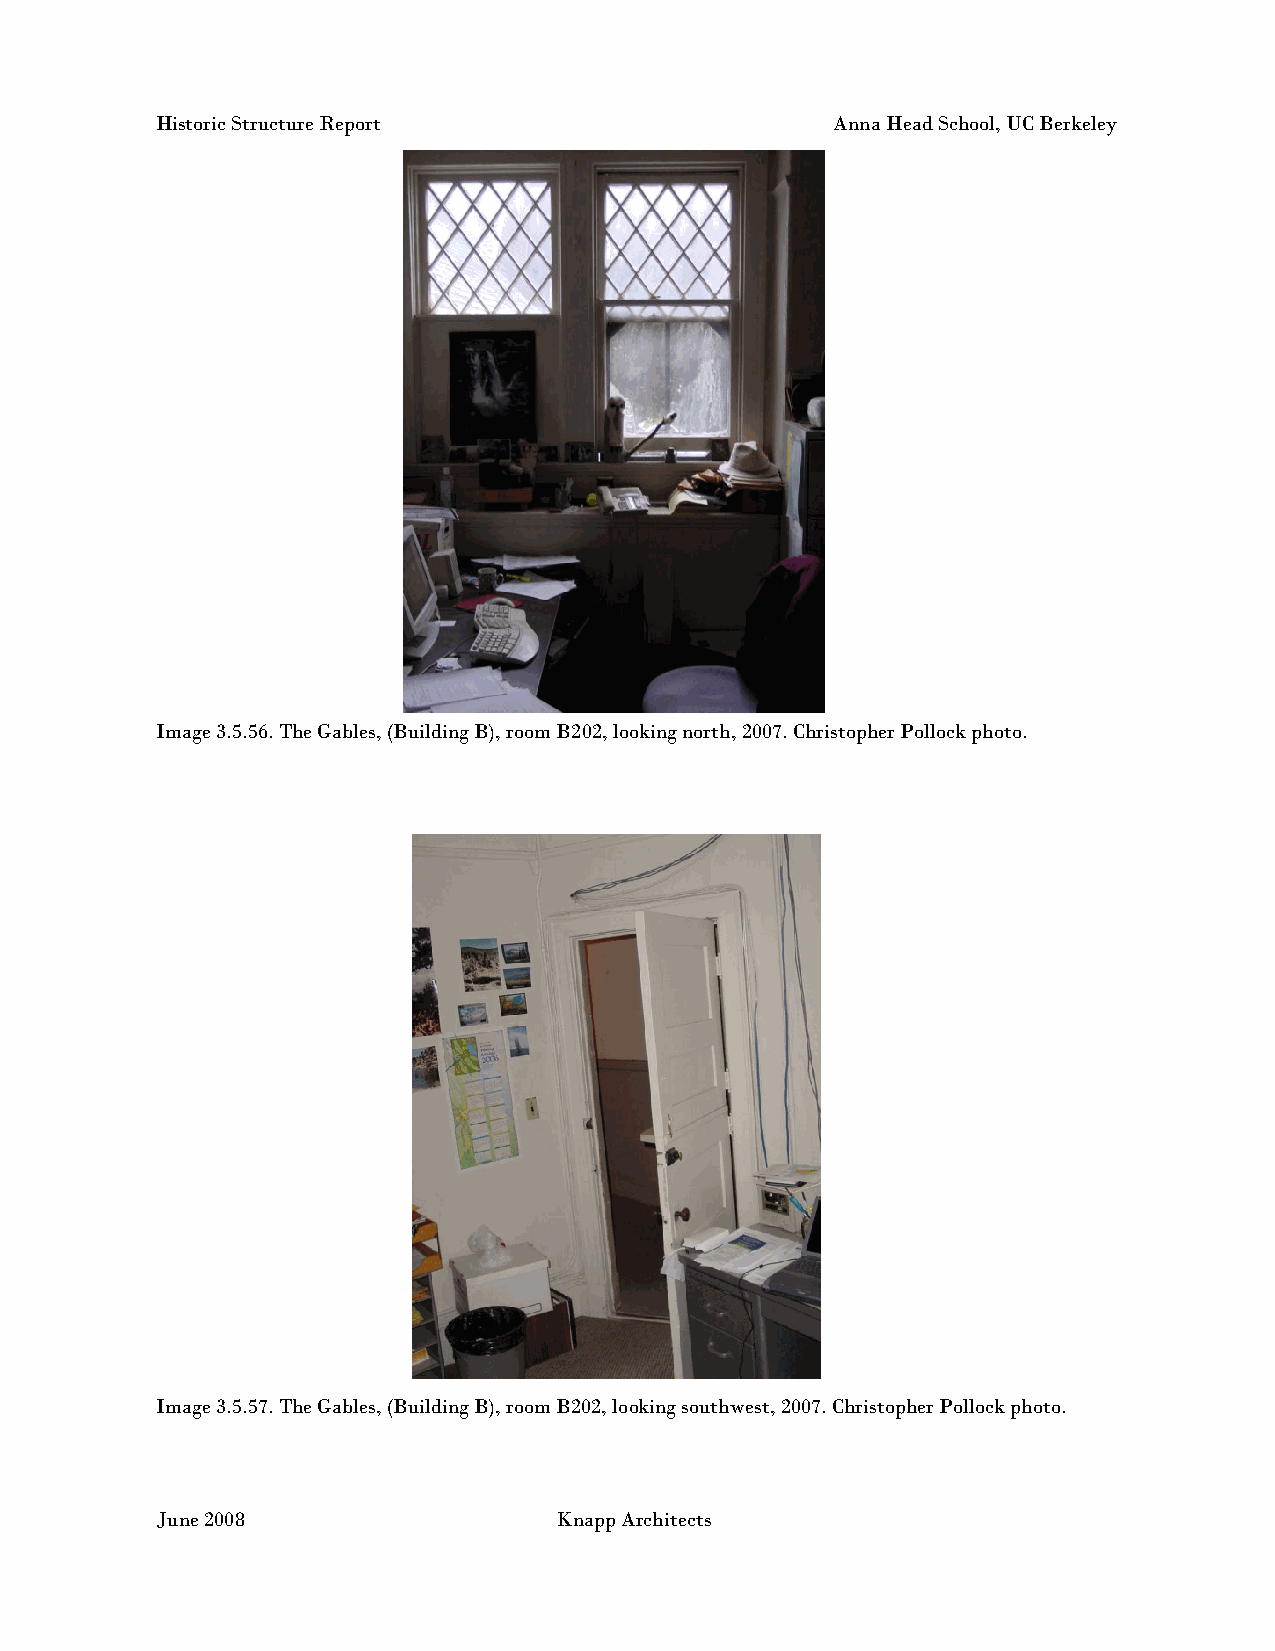
Historic Structure Report                    Anna Head School, UC Berkeley
 Image 3.5.56. The Gables, (Building B), room B202, looking north, 2007. Christopher Pollock photo.
 Image 3.5.57. The Gables, (Building B), room B202, looking southwest, 2007. Christopher Pollock photo.
 June 2008                  Knapp Architects